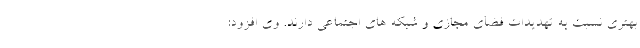
بهتری نسبت به تهدیدات فضای مجازی و شبکه های اجتماعی دارند. وی افزود: